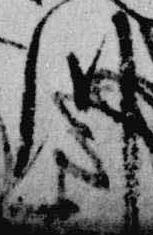
川